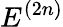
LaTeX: E^{(2n)}